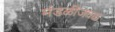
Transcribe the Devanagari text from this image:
मंडळीजवळ